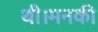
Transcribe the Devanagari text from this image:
थी।मनकी